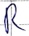
Text: R